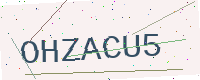
Text: OHZACU5